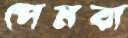
পেমবা